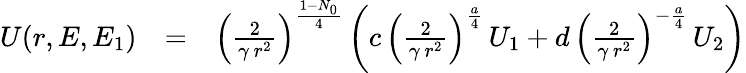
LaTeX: \begin{array}{rlr}{U(r,E,E_{1})}&{=}&{\left({\frac{2}{\gamma\, r^{2}}}\right)^{\frac{1-N_{0}}{4}}\left(c\, \left({\frac{2}{\gamma\, r^{2}}}\right)^{\frac{a}{4}}\, U_{1}+d\, \left({\frac{2}{\gamma\, r^{2}}}\right)^{-\frac{a}{4}}\, U_{2}\right)}\end{array}